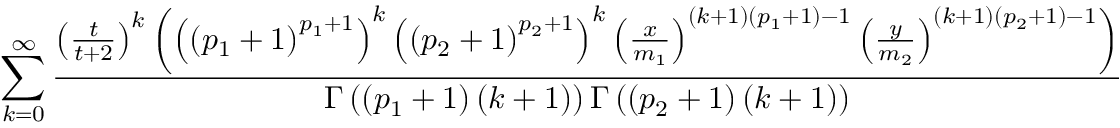
\sum _ { k = 0 } ^ { \infty } \frac { \left( \frac { t } { t + 2 } \right) ^ { k } \left( \left( \left( p _ { 1 } + 1 \right) ^ { p _ { 1 } + 1 } \right) ^ { k } \left( \left( p _ { 2 } + 1 \right) ^ { p _ { 2 } + 1 } \right) ^ { k } \left( \frac { x } { m _ { 1 } } \right) ^ { ( k + 1 ) \left( p _ { 1 } + 1 \right) - 1 } \left( \frac { y } { m _ { 2 } } \right) ^ { ( k + 1 ) \left( p _ { 2 } + 1 \right) - 1 } \right) } { \Gamma \left( \left( p _ { 1 } + 1 \right) ( k + 1 ) \right) \Gamma \left( \left( p _ { 2 } + 1 \right) ( k + 1 ) \right) }